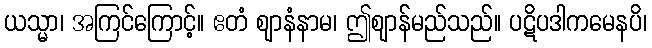
ယသ္မာ၊ အကြင်ကြောင့်။ ဧတံ ဈာနံနာမ၊ ဤဈာန်မည်သည်။ ပဋိပဒါကမေနပိ၊